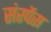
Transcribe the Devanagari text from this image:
संस्पेंस